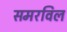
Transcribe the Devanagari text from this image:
समरविल